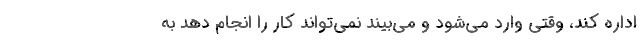
اداره کند، وقتی وارد می‌شود و می‌بیند نمی‌تواند کار را انجام دهد به